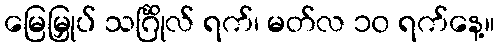
မြေမြှုပ် သင်္ဂြိုလ် ရက်၊ မတ်လ ၁၀ ရက်နေ့။